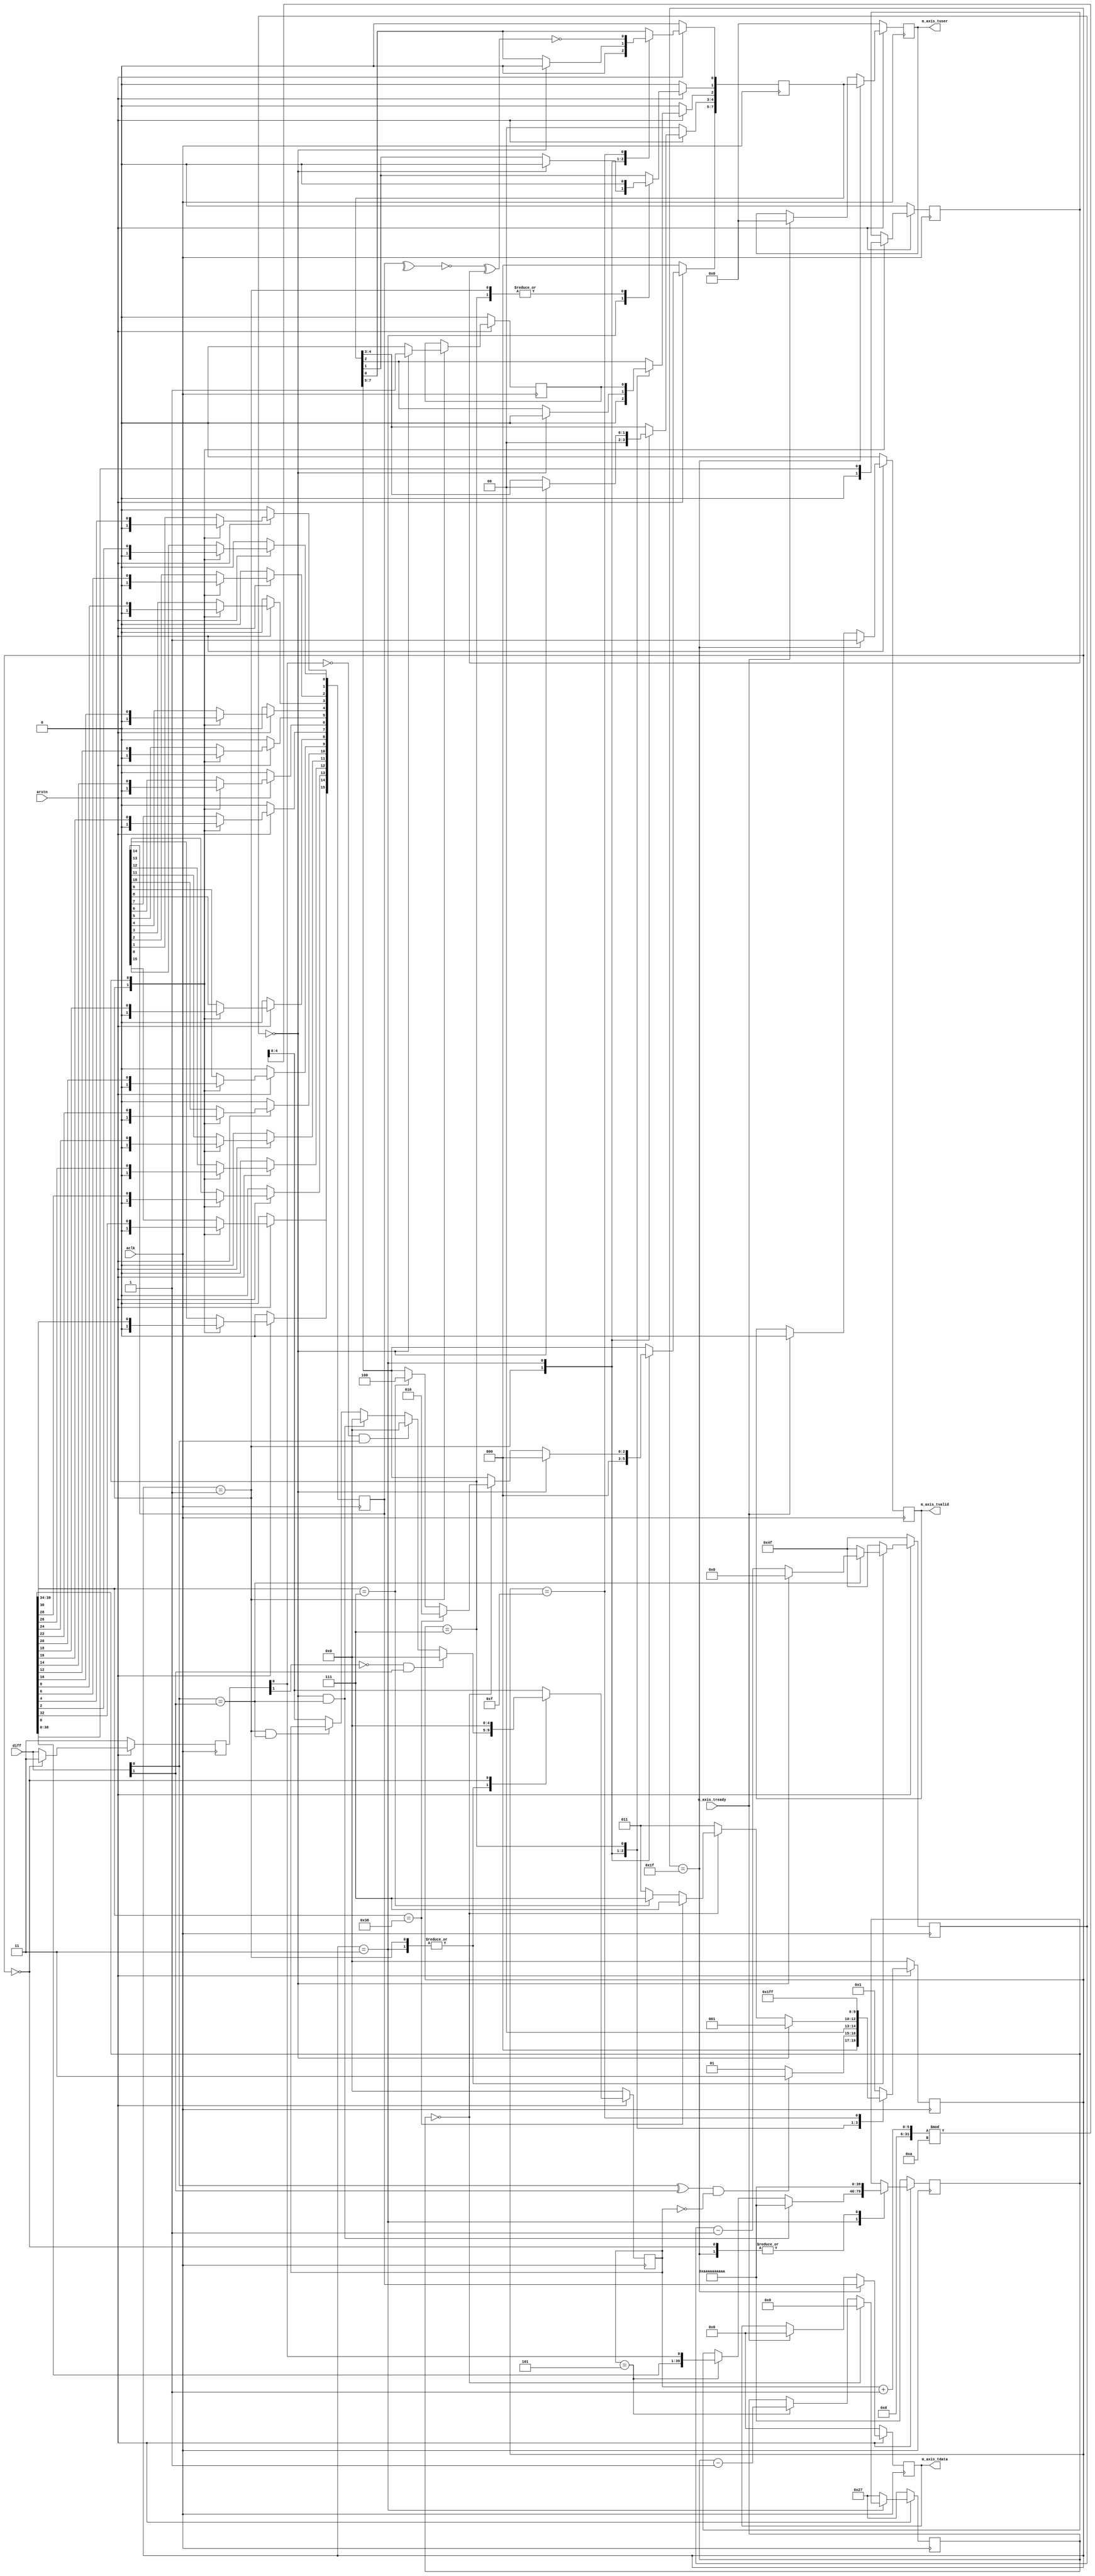
// ***************************************************************************
// ***************************************************************************
// @FILE    util_axis_1553_decoder.v
// @AUTHOR  JAY CONVERTINO
// @DATE    2021.05.24
// @BRIEF   AXIS MIL-STD-1553 DECODER
// @DETAILS This core is a MIL-STD-1553 to AXI streaming decoder.
//          It uses the postive edge of a clock to sample data. 
//          This restricts the core to 2 Mhz and above for a sample clock.
//          It also features a bit_slice_offset that can be
//          used to change what bit is sampled for the data reduction.
//          TDATA will contain the 16 bit data payload. TUSER is a 8 bit 
//          status register that tells what type of data it is (command or 
//          data) and if the parity was good (1 good, 0 bad).
//          TUSER = {TYY,NA,D,I,P} (7 downto 0)
//          TYY = TYPE OF DATA
//                * 000 N/A
//                * 001 REG (NOT IMPLIMENTED)
//                * 010 DATA
//                * 100 CMD/STATUS
//          NA  = RESERVED FOR FUTURE USE.
//          D   = DELAY BEFORE DATA
//                * 1 = Delay of 4us or more before data
//                * 0 = No delay between data
//          P   = PARITY
//                * 1 = GOOD
//                * 0 = BAD
//
// @LICENSE MIT
//  Copyright 2021 Jay Convertino
//
//  Permission is hereby granted, free of charge, to any person obtaining a copy
//  of this software and associated documentation files (the "Software"), to 
//  deal in the Software without restriction, including without limitation the
//  rights to use, copy, modify, merge, publish, distribute, sublicense, and/or 
//  sell copies of the Software, and to permit persons to whom the Software is 
//  furnished to do so, subject to the following conditions:
//
//  The above copyright notice and this permission notice shall be included in 
//  all copies or substantial portions of the Software.
//
//  THE SOFTWARE IS PROVIDED "AS IS", WITHOUT WARRANTY OF ANY KIND, EXPRESS OR 
//  IMPLIED, INCLUDING BUT NOT LIMITED TO THE WARRANTIES OF MERCHANTABILITY, 
//  FITNESS FOR A PARTICULAR PURPOSE AND NONINFRINGEMENT. IN NO EVENT SHALL THE
//  AUTHORS OR COPYRIGHT HOLDERS BE LIABLE FOR ANY CLAIM, DAMAGES OR OTHER 
//  LIABILITY, WHETHER IN AN ACTION OF CONTRACT, TORT OR OTHERWISE, ARISING 
//  FROM, OUT OF OR IN CONNECTION WITH THE SOFTWARE OR THE USE OR OTHER DEALINGS
//  IN THE SOFTWARE.
// ***************************************************************************
// ***************************************************************************

`timescale 1ns/100ps

//mil-std-1553 decoder capable of any clock rate at or above 2 MHz
module util_axis_1553_decoder #(
    parameter clock_speed = 20000000,
    parameter sample_rate = 2000000,
    parameter bit_slice_offset = 0,
    parameter invert_data = 0,
    parameter sample_select = 0
  ) 
  (
    //clock and reset
    input aclk,
    input arstn,
    //master output
    output  reg[15:0] m_axis_tdata,
    output  reg       m_axis_tvalid,
    output  reg[7:0]  m_axis_tuser,
    input             m_axis_tready,
    //diff input
    input  [1:0] diff
  );
  
  //1553 base clock rate
  localparam integer base_1553_clock_rate = 1000000;
  //sample rate to caputre transmission bits at
  localparam integer samples_per_mhz = sample_rate / base_1553_clock_rate;
  //calculate the number of cycles the clock changes per period
  localparam integer cycles_per_mhz = clock_speed / base_1553_clock_rate;
  //delay time, 4 is for 4 us (min 1553 time)
  localparam integer delay_time = cycles_per_mhz * 4;
  //calculate the number of samples to skip
  localparam integer samples_to_skip = ((cycles_per_mhz > samples_per_mhz) ? cycles_per_mhz / samples_per_mhz : 0);
  //sample_select rounded
  localparam integer round_sample_select = ((sample_select == 0) ? samples_to_skip/2 : sample_select % samples_to_skip);
  //bit rate per mhz
  localparam integer bit_rate_per_mhz = samples_per_mhz;
  // pick the middle of the samples generated by default
  localparam integer round_bit_slice_offset = ((cycles_per_mhz > samples_per_mhz) ? ((bit_slice_offset == 0) ? bit_rate_per_mhz/4 : bit_slice_offset % bit_rate_per_mhz) : 0);
  //sync pulse length
  localparam integer sync_pulse_len = bit_rate_per_mhz * 3;
  //bits per transmission
  localparam integer bits_per_trans = 20;
  //sync bits per trans
  localparam integer synth_bits_per_trans = (bits_per_trans*bit_rate_per_mhz);
  // states in grey code form
  // wait for diff        
  localparam diff_wait    = 5'h01;
  // data capture
  localparam data_cap     = 5'h03;
  // reduce data
  localparam data_reduce  = 5'h07;
  // parity generator
  localparam parity_gen   = 5'h0F;
  // transmit data
  localparam trans        = 5'h1F;
  // someone made a whoops
  localparam error        = 5'h00;
  //sync pulse
  localparam [sync_pulse_len-1:0]sync_cmd_stat = {{sync_pulse_len/2{1'b0}}, {sync_pulse_len/2{1'b1}}};
  localparam [sync_pulse_len-1:0]sync_data     = {{sync_pulse_len/2{1'b1}}, {sync_pulse_len/2{1'b0}}};
  //command tuser encode
  localparam cmd_data = 3'b010;
  localparam cmd_cmnd = 3'b100;
  //create the bit pattern. This is based on outputing data on the negative and
  //positive. This allows the encoder to run down to 1 mhz.
  localparam [(bit_rate_per_mhz)-1:0]bit_pattern = {{bit_rate_per_mhz/2{1'b1}}, {bit_rate_per_mhz/2{1'b0}}};
  //synth clock is the clock constructed by the repeating the bit pattern. 
  //this is intended to be a representation of the clock. Captured at a bit_rate_per_mhz of a 1mhz clock.
  localparam [synth_bits_per_trans-1:0]synth_clk = {bits_per_trans{bit_pattern}};
  
  //for loop indexs
  integer bit_slice_index;
  //data reg
  reg [synth_bits_per_trans-1:0] reg_data;
  //parity bit storage
  reg parity_bit;
  //delay detection bit storage
  reg delay_bit;
  //state machine
  reg [4:0]  state = error;
  //data to transmit
  reg [15:0] data;
  //cmd data
  reg [7:0]  cmd;
  //previous diff for edge detection
  reg [1:0]  p_diff;
  //counters
  reg [clogb2(samples_to_skip):0]        skip_counter;
  reg [clogb2(delay_time)-1:0]           pause_counter;
  reg [clogb2(synth_bits_per_trans)-1:0] trans_counter;
  
  //pause_counter(must be 4us or more between transmit)
  always @(posedge aclk) begin
    if(arstn == 1'b0) begin
      pause_counter <= delay_time-1;
    end else begin
      case (state)
        data_cap, diff_wait: begin
          pause_counter <= delay_time-1;
          
          if(diff[0] == diff[1]) begin
            pause_counter <= pause_counter - 1;
            
            if(pause_counter == 0) begin
              pause_counter <= 0;
            end
          end
        end
        default:
          pause_counter <= delay_time-1;
      endcase
    end
  end
  
  //axis data output
  always @(posedge aclk) begin
    if(arstn == 1'b0) begin
      m_axis_tdata  <= 0;
      m_axis_tvalid <= 0;
      m_axis_tuser  <= 0;
    end else begin
      m_axis_tdata <= m_axis_tdata;
      m_axis_tvalid<= m_axis_tvalid;
      m_axis_tuser <= m_axis_tuser;
      case (state)
        //once the state machine is in transmisson state, begin data output
        trans: begin
          m_axis_tdata  <= data;
          m_axis_tuser  <= cmd;
          m_axis_tvalid <= 1'b1;
        end
        //are we ready kids???? EYYY EYYY CAPTIAN....OHHHHH WHO LIVES IN A PINEAPPLE UNDER THE SEA.
        //...*cough* if we are ready, the data was captured. 0 it out to avoid duplicates.
        default: begin
          if(m_axis_tready == 1'b1) begin
            m_axis_tdata  <= 0;
            m_axis_tvalid <= 0;
            m_axis_tuser  <= 0;
          end
        end
        endcase
    end
  end
            
  //data processing
  always @(posedge aclk) begin
    if(arstn == 1'b0) begin
      state           <= error;
      data            <= 0;
      cmd             <= 0;
      parity_bit      <= 0;
      delay_bit       <= 0;
      bit_slice_index <= 0;
    end else begin
      case (state)
        diff_wait: begin
          state <= diff_wait;
          
          cmd           <= 0;
          data          <= 0;
          parity_bit    <= 0;
          delay_bit     <= 0;
          
          if(pause_counter == 0) begin
            delay_bit <= 1'b1;
          end
          
          if((diff[0] ^ diff[1]) && (skip_counter == 0)) begin
            state <= data_cap;
          end
        end
        //capture data from diff interface (in diff input above)
        data_cap: begin
          state <= data_cap;
          
          //once we have the sync, goto data reduce state wait till 0 to check...
          //needed, not really (0 check).
          if(trans_counter == 0) begin
            if(reg_data[synth_bits_per_trans-1:synth_bits_per_trans-sync_pulse_len] == sync_cmd_stat) begin
              state <= data_reduce;
              cmd[7:5] <= cmd_cmnd;
            end
            
            if(reg_data[synth_bits_per_trans-1:synth_bits_per_trans-sync_pulse_len] == sync_data) begin
              state <= data_reduce;
              cmd[7:5] <= cmd_data;
            end
          end
          
          //go back to wait if timed out
          if(pause_counter == 0) begin
            state <= diff_wait;
            cmd   <= 0;
          end
        end
        //reduce data samples down to 16 bit vector
        data_reduce: begin
          state <= parity_gen;
          
          //get the 16 data bits from reg_data... from 0th to 15th bit in data (one bit up from parity bit).
          for(bit_slice_index = 0; bit_slice_index < 16; bit_slice_index = bit_slice_index + 1) begin
            data[bit_slice_index] <= (invert_data > 0 ? ~reg_data[bit_rate_per_mhz*(bit_slice_index+1)+round_bit_slice_offset] : reg_data[bit_rate_per_mhz*(bit_slice_index+1)+round_bit_slice_offset]);
          end
          
          //get the parity bit
          parity_bit <= (invert_data > 0 ? ~reg_data[round_bit_slice_offset] : reg_data[round_bit_slice_offset]);
          
          //insert if data is inverted by core (synth time option).
          cmd[1] <= (invert_data > 0 ? 1'b1 : 1'b0);
          
          //insert if delay is detected
          cmd[2] <= delay_bit;
        end
        //compare to parity bit of incomming data and store in command
        parity_gen: begin
          state <= trans;
          
          //same? 1 good parity, 0 bad parity. XNOR, same good diff bad.
          cmd[0] <= ~(~(^data) ^ parity_bit);
        end
        //transmit data, actually done in data output process below.
        trans:
          state <= diff_wait;
        //error state, goto diff_wait
        default:
          state <= diff_wait;
      endcase
    end
  end
  
  //skip counter with detection between edges, for alignment
  always @(posedge aclk) begin
    if(arstn == 1'b0) begin
      p_diff        <= 2'b11;
      skip_counter  <= 0;
    end else begin
      p_diff <= diff;
      
      skip_counter <= (samples_to_skip == 0 ? 0 : (skip_counter + 1) % samples_to_skip);
      
      case (state)
        diff_wait, data_cap: begin
          if((state == diff_wait) && (diff[0] == diff[1])) begin
            skip_counter <= skip_counter;
          end
          
          if((pause_counter == 0) && (diff[0] == diff[1])) begin
            skip_counter <= 0;
          end
          
          if((p_diff[0] == 0) && (diff[0] == 1)) begin
            skip_counter <= 0;
          end
                
          if((p_diff[1] == 0) && (diff[1] == 1)) begin
            skip_counter <= 0;
          end
        end
        error: begin
          p_diff        <= 2'b11;
          skip_counter  <= 0;
        end
      endcase
    end
  end

  //differential data input posedge
  always @(posedge aclk) begin
    if(arstn == 1'b0) begin
      reg_data      <= synth_clk;
      trans_counter <= synth_bits_per_trans-1;
    end else begin
      case (state)
        //once the state machine is in data caputre state, begin data capture when a diff in the line is sampled.
        data_cap: begin
          if(skip_counter == round_sample_select) begin
            reg_data <= {reg_data[synth_bits_per_trans-2:0], p_diff[0]};
            trans_counter <= trans_counter - 1;
          end
          
          if((pause_counter == 0) && (diff[0] == diff[1])) begin
            reg_data <= synth_clk;
          end
          
          if(trans_counter == 0) begin
            trans_counter <= 0;
          end
        end
        trans: begin
          reg_data      <= synth_clk;
          trans_counter <= synth_bits_per_trans-1;
        end
        error: begin
          reg_data      <= synth_clk;
          trans_counter <= synth_bits_per_trans-1;
        end
        default: begin
          trans_counter <= synth_bits_per_trans-1;
        end
      endcase
    end
  end
  
  //copied from the IEEE 1364-2001 Standard
  function integer clogb2;
    input [31:0] value;
    begin
        value = value - 1;
        for (clogb2 = 0; value > 0; clogb2 = clogb2 + 1) begin
            value = value >> 1;
        end
    end
  endfunction
endmodule